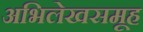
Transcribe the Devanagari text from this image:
अभिलेखसमूह